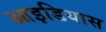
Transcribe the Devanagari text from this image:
आइडियास